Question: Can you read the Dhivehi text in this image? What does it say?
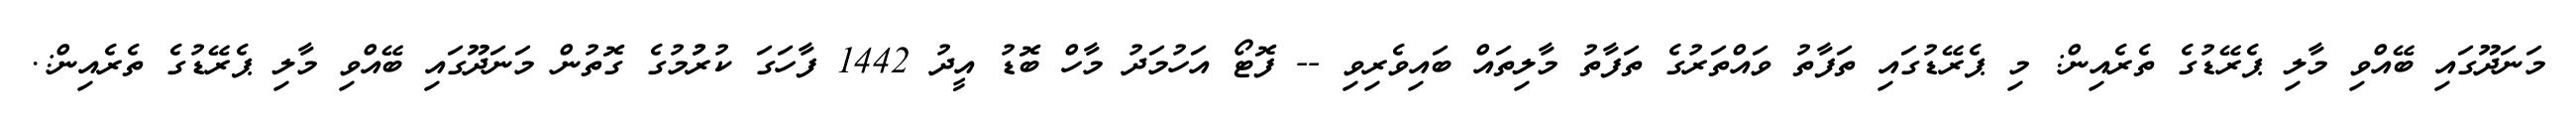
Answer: މަނަދޫގައި ބޭއްވި މާލި ޕެރޭޑުގެ ތެރެއިން: މި ޕެރޭޑުގައި ތަފާތު ވައްތަރުގެ ތަފާތު މާލިތައް ބައިވެރިވި -- ފޮޓޯ އަހުމަދު މާހް ބޮޑު އީދު 1442 ފާހަގަ ކުރުުމުގެ ގޮތުން މަނަދޫގައި ބޭއްވި މާލި ޕެރޭޑުގެ ތެރެއިން:.